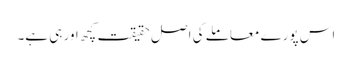
اس پورے معاملے کی اصل حقیقت کچھ اور ہی ہے۔